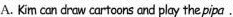
A. Kim con draw cartoons and play the pipa .